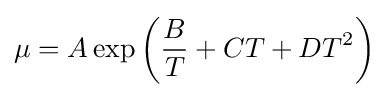
\mu =A\exp {\left({\frac {B}{T}}+CT+DT^{2}\right)}